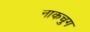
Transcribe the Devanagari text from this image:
नाकचुग